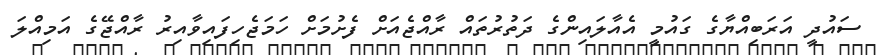
ސައުދީ އަރަބިއްޔާގެ ގައުމީ އެއާލައިންގެ ދަތުރުތައް ރާއްޖެއަށް ފެށުމަށް ހަމަޖެހިފައިވާއިރު ރާއްޖޭގެ އަމިއްލަ